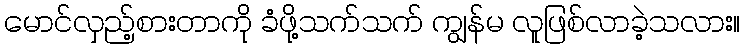
မောင်လှည့်စားတာကို ခံဖို့သက်သက် ကျွန်မ လူဖြစ်လာခဲ့သလား။